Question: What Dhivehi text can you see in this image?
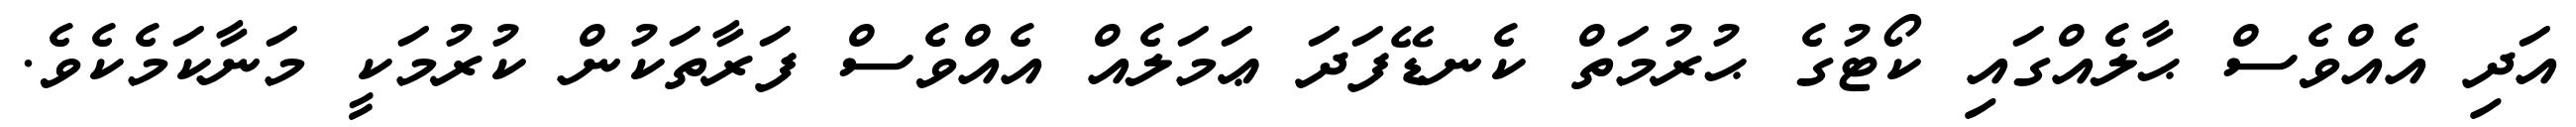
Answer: އަދި އެއްވެސް ޙާލެއްގައި ކޯޓުގެ ޙުރުމަތް ކެނޑޭފަދަ ޢަމަލެއް އެއްވެސް ފަރާތަކުން ކުރުމަކީ މަނާކަމެކެވެ.